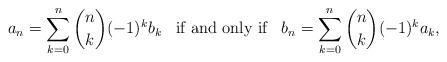
LaTeX: \begin{align*}a_n=\sum_{k=0}^{n} {n \choose k}(-1)^k b_k\;\;\;\mbox{\rm if and only if}\;\;\;b_n=\sum_{k=0}^{n} {n \choose k}(-1)^k a_k,\end{align*}